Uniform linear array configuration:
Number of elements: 24
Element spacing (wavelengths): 0.75
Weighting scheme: hamming
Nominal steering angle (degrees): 60
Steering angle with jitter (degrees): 61.391
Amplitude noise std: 0.05
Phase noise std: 0.05

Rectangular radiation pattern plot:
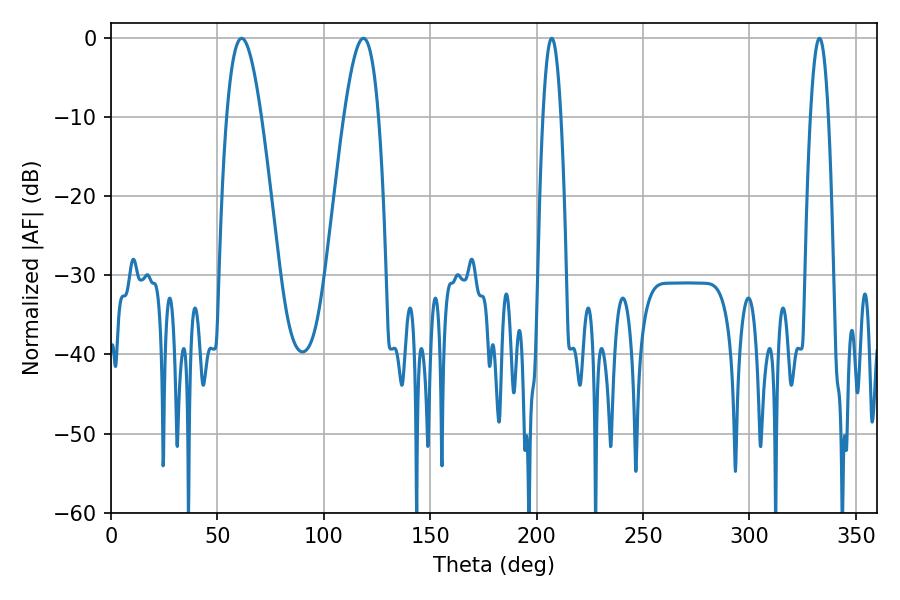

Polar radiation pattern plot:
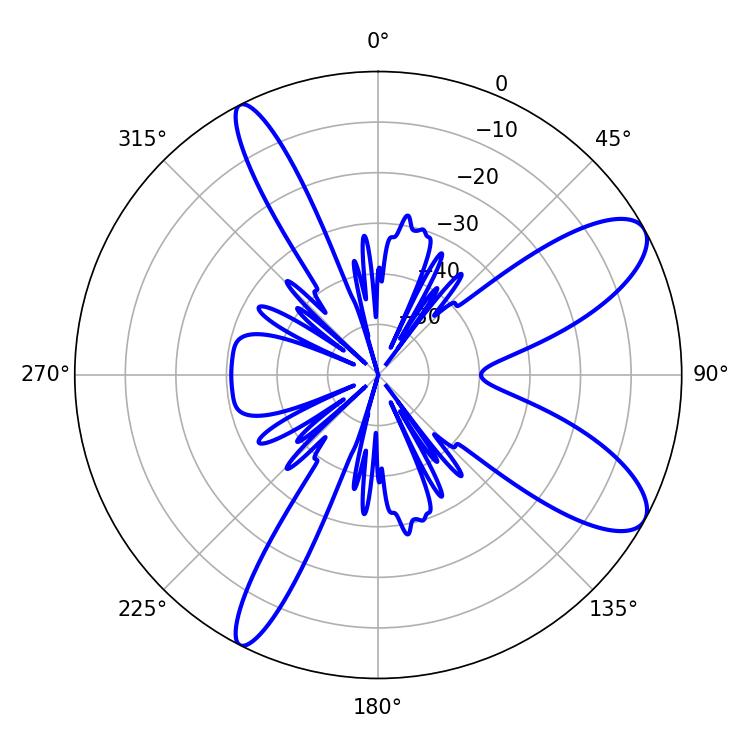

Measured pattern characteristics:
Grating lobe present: TRUE
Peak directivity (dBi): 9.686
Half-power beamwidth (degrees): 8.82
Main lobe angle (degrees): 61.38